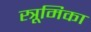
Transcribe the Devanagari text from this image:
स्त्रूमिका